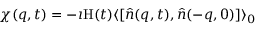
\chi ( \boldsymbol { q } , t ) = - \imath \mathrm { H } ( t ) \langle [ \hat { n } ( \boldsymbol { q } , t ) , \hat { n } ( - \boldsymbol { q } , 0 ) ] \rangle _ { 0 }